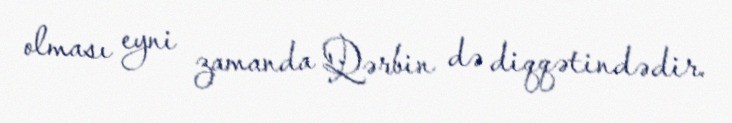
olması eyni zamanda Qərbin də diqqətindədir.